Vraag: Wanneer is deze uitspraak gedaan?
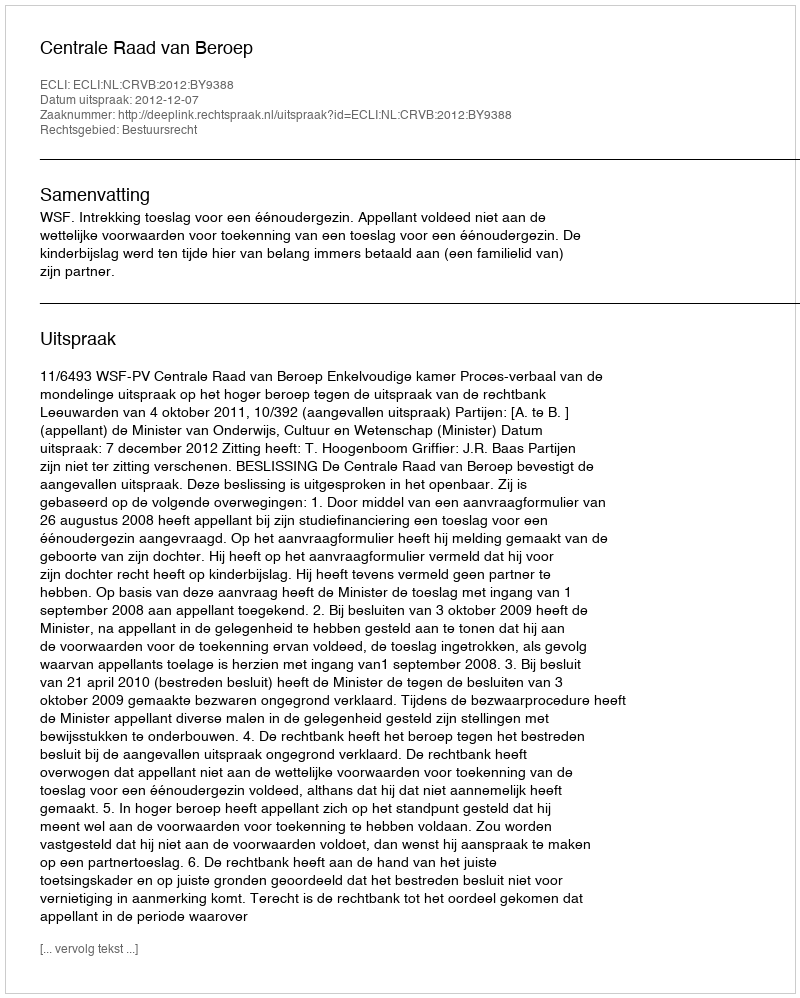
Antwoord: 2012-12-07